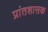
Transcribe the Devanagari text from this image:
प्रांतशासक